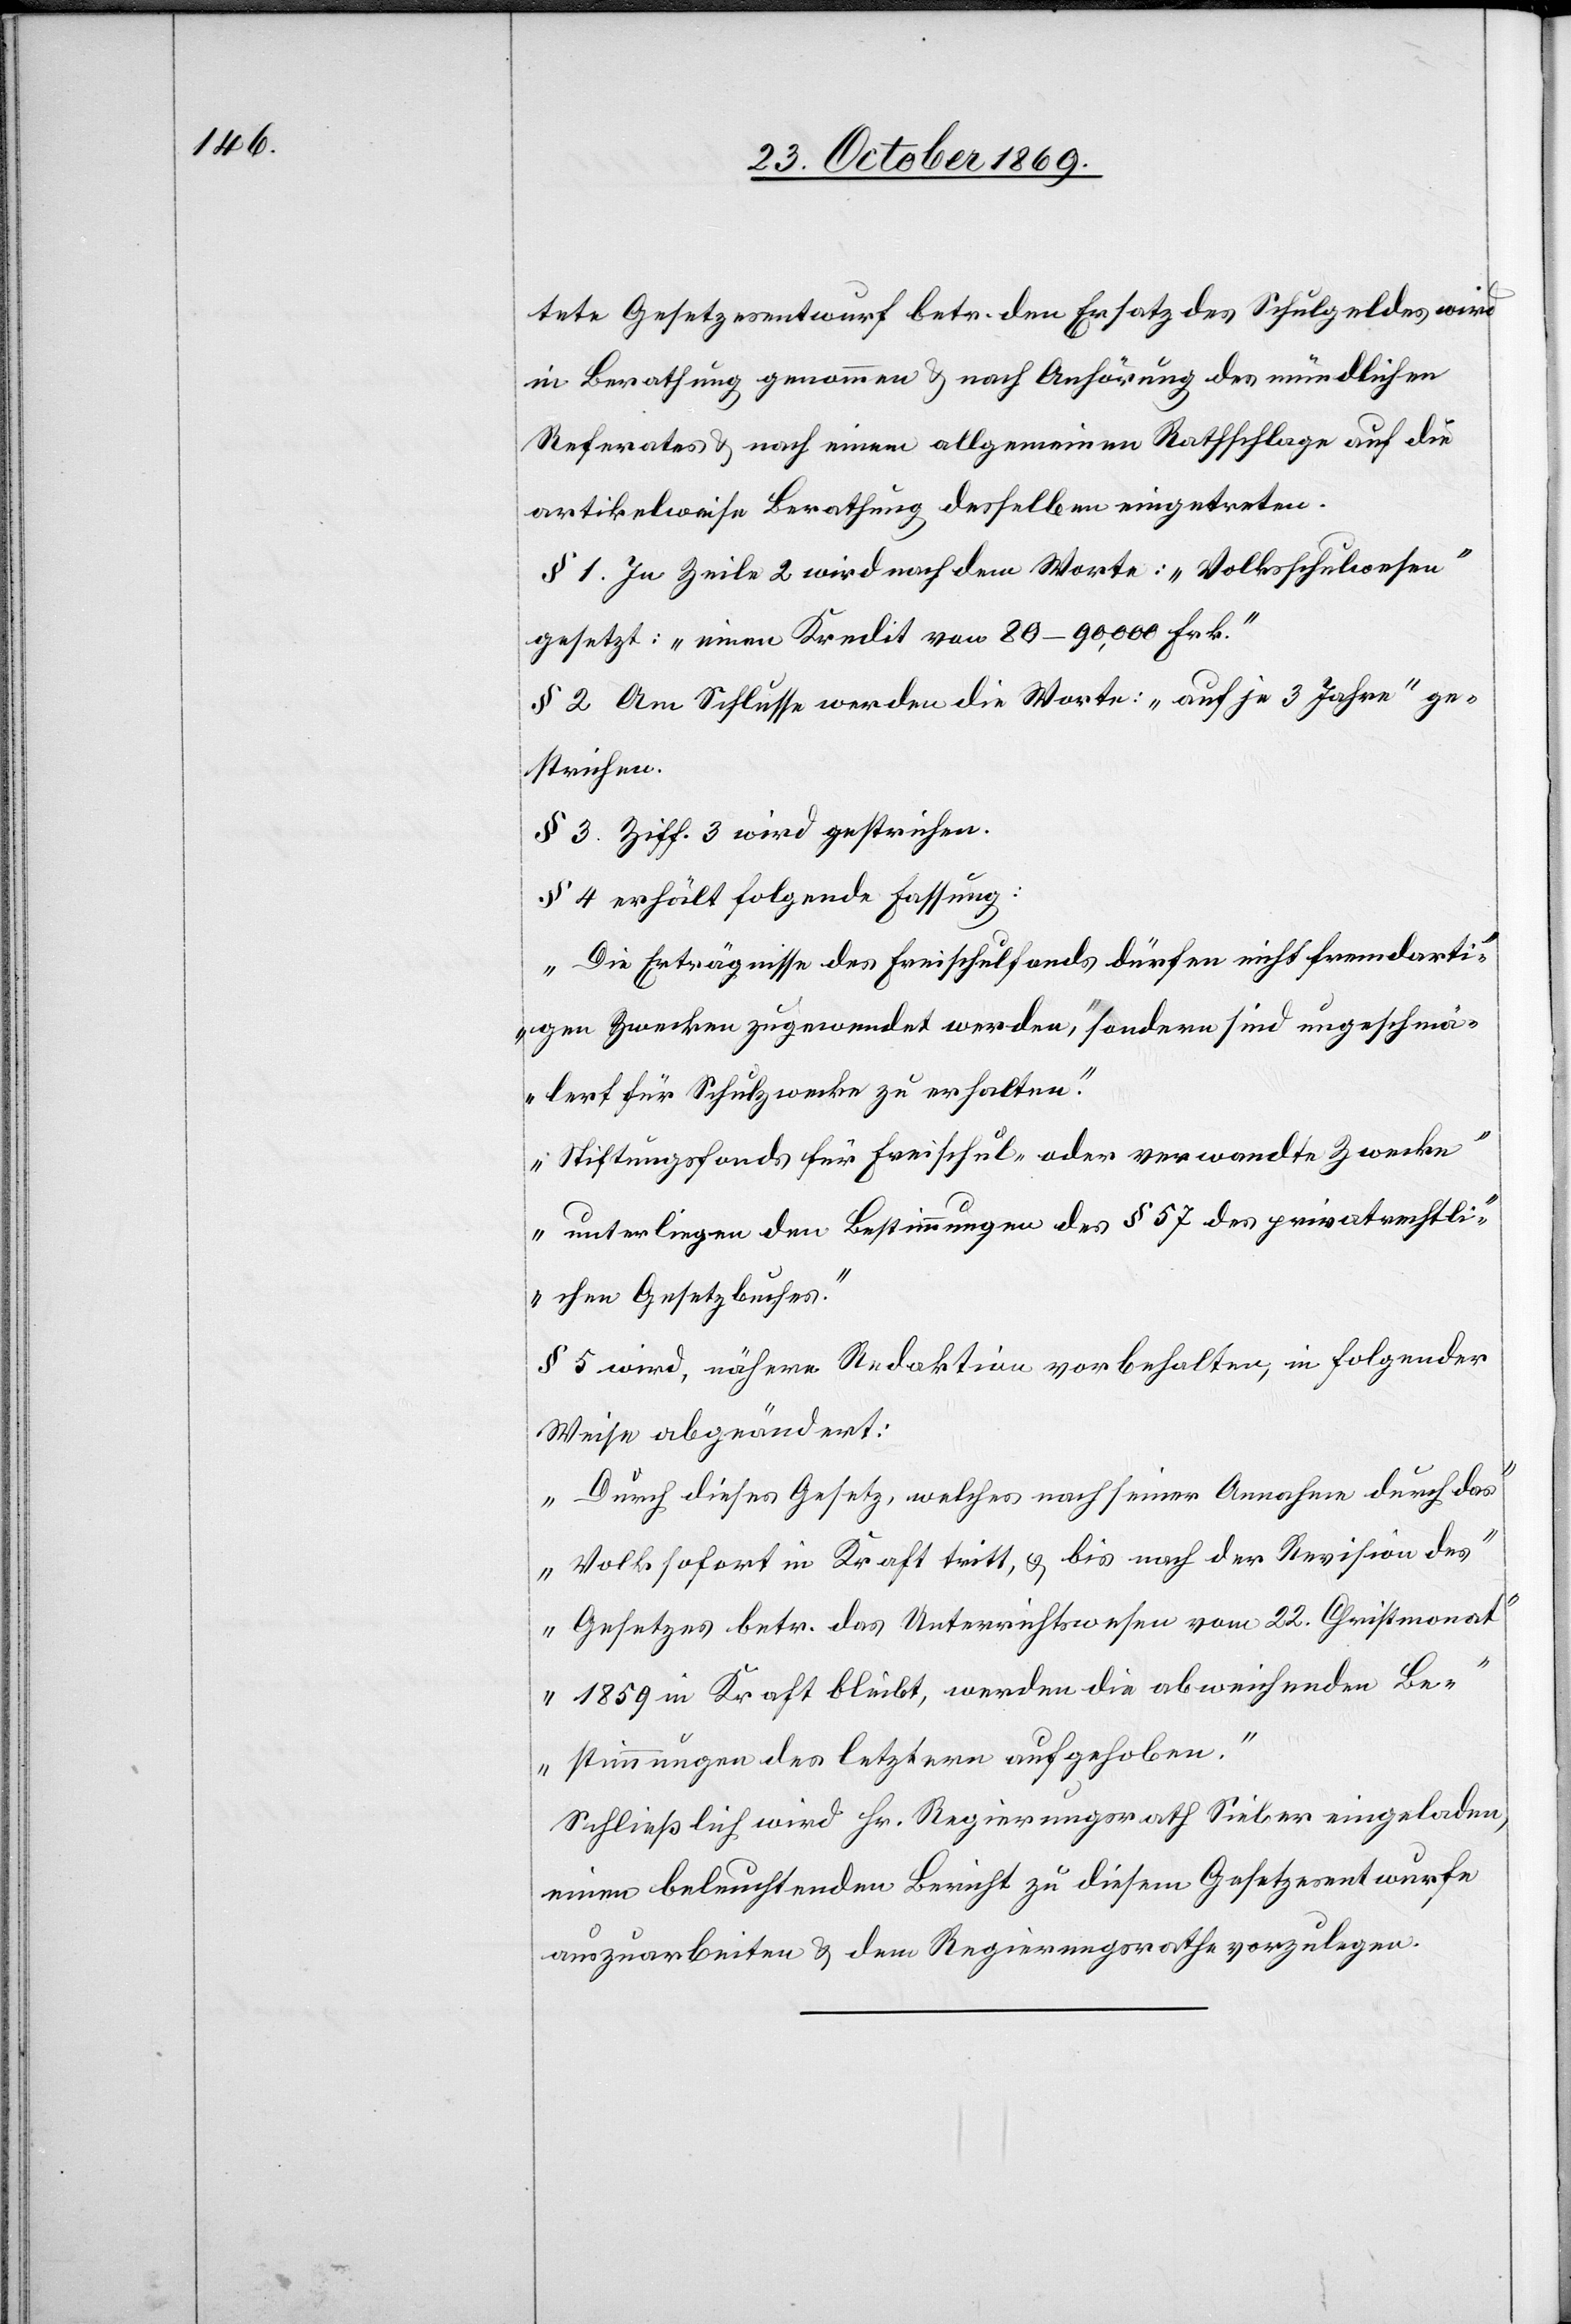
tete Gesetzesentwurf betr. den Ersatz des Schulgeldes wird
in Berathung genommen & nach Anhörung des mündlichen
Referates & nach einem allgemeinen Rathschlage auf die
artikelweise Berathung desselben eingetreten.
§ 1. In Zeile 2 wird nach dem Worte: „Volksschulwesen“
gesetzt: „einen Kredit von 80–90,000 Frk.“
§ 2. Am Schlusse werden die Worte: „auf je 3 Jahre“ ge¬
strichen.
§ 3. Ziff. 3 wird gestrichen.
§ 4. erhält folgende Fassung:
„Die Erträgnisse des Freischulfonds dürfen nicht fremdarti¬
gen Zwecken zugewendet werden, sondern sind ungeschmä¬
lert für Schulzwecke zu erhalten.“
„Stiftungsfonds für Freischul- oder verwandte Zwecke
unterliegen den Bestimmungen des § 57 des privatrechtli¬
chen Gesetzbuches.“
§ 5. wird, nähere Redaktion vorbehalten, in folgender
Weise abgeändert:
„Durch dieses Gesetz, welches nach seiner Annahme durch das
Volk sofort in Kraft tritt, & bis nach der Revision des
Gesetzes betr. das Unterrichtswesen vom 22. Christmonat
1859 in Kraft bleibt, werden die abweichenden Be¬
stimmungen des letztern aufgehoben.“
Schließlich wird Hr. Regierungsrath Sieber eingeladen,
einen beleuchtenden Bericht zu diesem Gesetzesentwurfe
auszuarbeiten & dem Regierungsrathe vorzulegen.